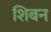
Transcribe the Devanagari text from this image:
शिबन